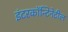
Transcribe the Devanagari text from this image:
इंटरकॉन्टिनेटील